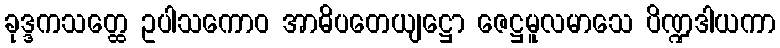
ခုဒ္ဒကသတ္ထေ ဥပါသကောဝ အာဓိပတေယျဋ္ဌော ဇေဋ္ဌမူလမာသေ ပိဏ္ဍဒါယကာ